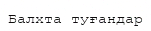
Балхта туғандар